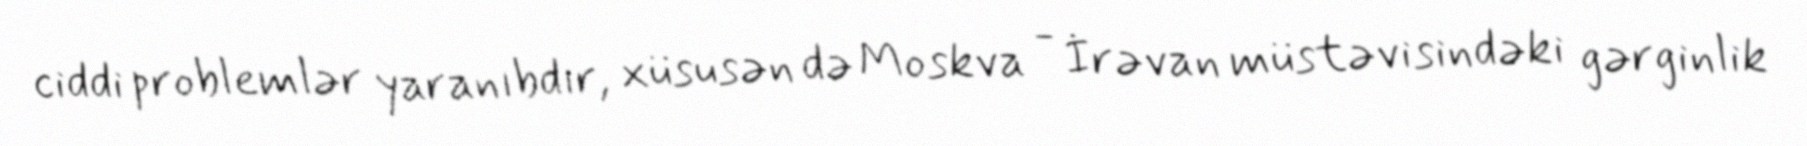
ciddi problemlər yaranıbdır, xüsusən də Moskva - İrəvan müstəvisindəki gərginlik